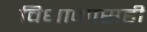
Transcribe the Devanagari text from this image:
विधानासही